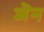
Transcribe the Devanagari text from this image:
जॆन